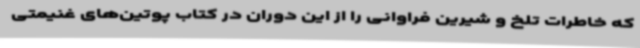
که خاطرات تلخ و شیرین فراوانی را از این دوران در کتاب پوتین‌های غنیمتی